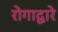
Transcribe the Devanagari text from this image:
रोगाद्वारे